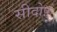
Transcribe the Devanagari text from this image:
सीदोर्फ्